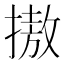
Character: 𢳆